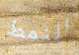
النمط